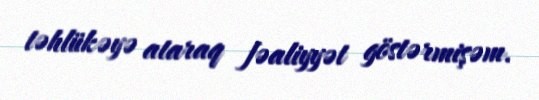
təhlükəyə ataraq fəaliyyət göstərmişəm.